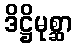
ဒိဋ္ဌိမုစ္ဆာ